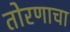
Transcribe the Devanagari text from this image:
तोरणाचा